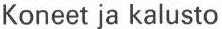
Koneet ja kalusto